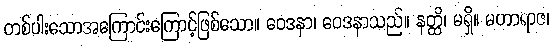
တစ်ပါးသောအကြောင်းကြောင့်ဖြစ်သော။ ဝေဒနာ၊ ဝေဒနာသည်။ နတ္ထိ၊ မရှိ။ မဟာရာဇ၊